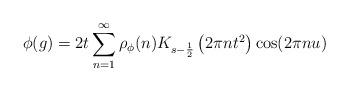
LaTeX: \begin{align*} \phi(g) = 2t \sum_{n=1}^{\infty}\rho_\phi(n) K_{s-\frac{1}{2}}\left(2\pi nt^2\right)\cos(2\pi nu)\end{align*}